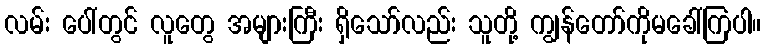
လမ်း ပေါ်တွင် လူတွေ အများကြီး ရှိသော်လည်း သူတို့ ကျွန်တော်ကိုမခေါ်ကြပါ။